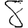
Digit: 8